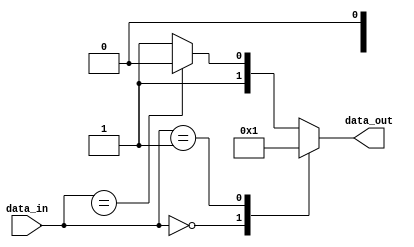
module behavioral_modeling(
    input [3:0] data_in,
    output reg [1:0] data_out
);

always @* begin
    casez(data_in)
        4'b0000: data_out = 2'b00;
        4'b0001: data_out = 2'b01;
        4'b00x0: data_out = 2'b10;
        default: data_out = 2'b11;
    endcase
end

endmodule